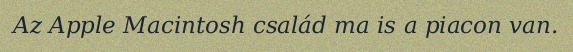
Az Apple Macintosh család ma is a piacon van.